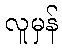
လူမှန်